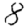
Digit: 8